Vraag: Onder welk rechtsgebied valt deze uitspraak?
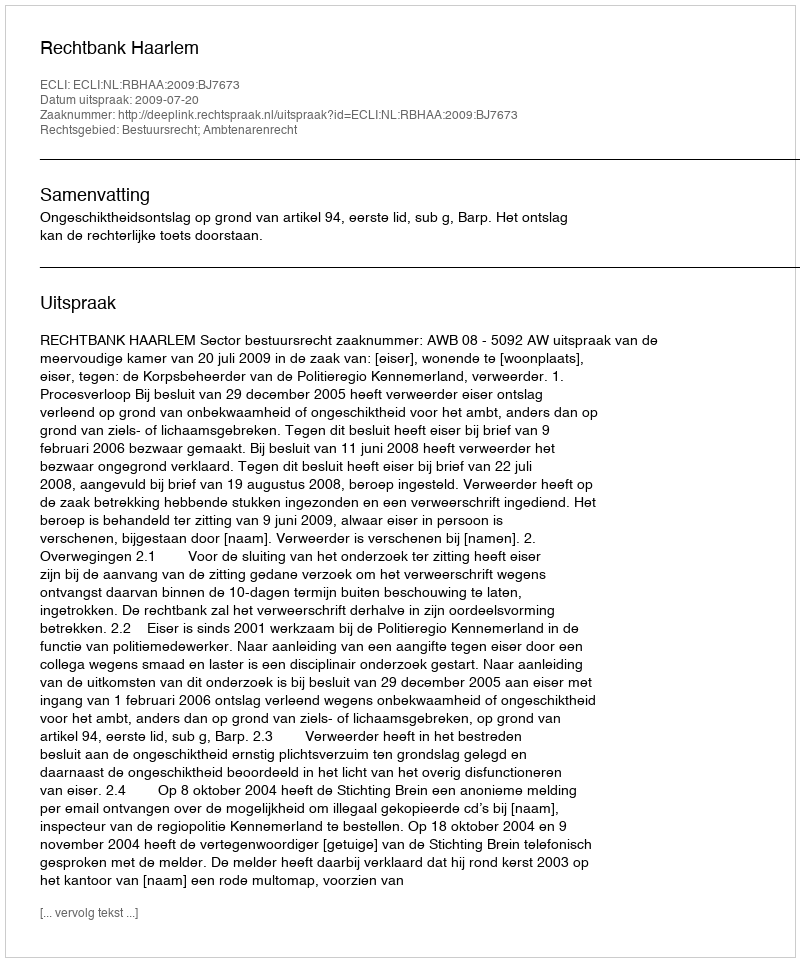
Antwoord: Bestuursrecht; Ambtenarenrecht